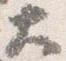
大